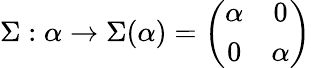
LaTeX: \Sigma:\alpha\rightarrow\Sigma(\alpha)=\left(\begin{array}{cc}{{\alpha}}&{{0}}\\ {{0}}&{{\alpha}}\end{array}\right)